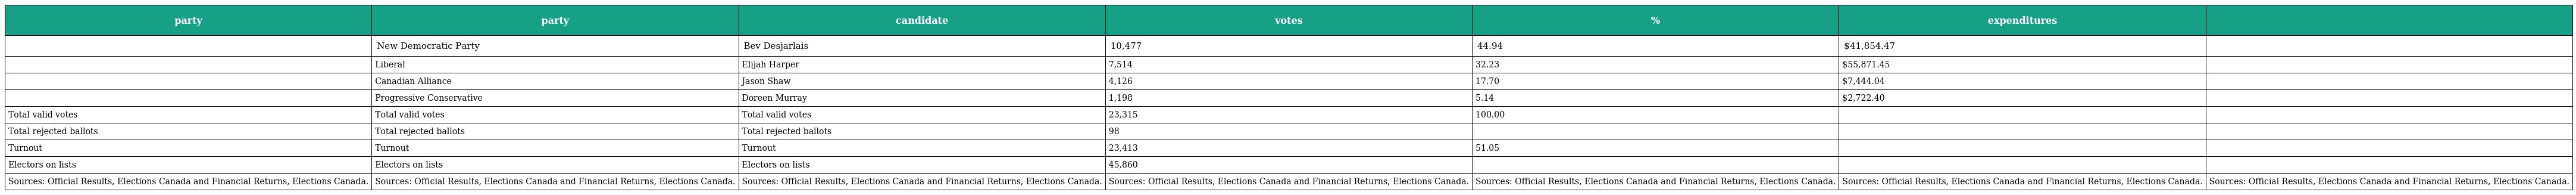
| party | party | candidate | votes | % | expenditures |  |
 | --- | --- | --- | --- | --- | --- | --- |
 |  | New Democratic Party | Bev Desjarlais | 10,477 | 44.94 | $41,854.47 |  |
 |  | Liberal | Elijah Harper | 7,514 | 32.23 | $55,871.45 |  |
 |  | Canadian Alliance | Jason Shaw | 4,126 | 17.70 | $7,444.04 |  |
 |  | Progressive Conservative | Doreen Murray | 1,198 | 5.14 | $2,722.40 |  |
 | Total valid votes | Total valid votes | Total valid votes | 23,315 | 100.00 |  |  |
 | Total rejected ballots | Total rejected ballots | Total rejected ballots | 98 |  |  |  |
 | Turnout | Turnout | Turnout | 23,413 | 51.05 |  |  |
 | Electors on lists | Electors on lists | Electors on lists | 45,860 |  |  |  |
 | Sources: Official Results, Elections Canada and Financial Returns, Elections Canada. | Sources: Official Results, Elections Canada and Financial Returns, Elections Canada. | Sources: Official Results, Elections Canada and Financial Returns, Elections Canada. | Sources: Official Results, Elections Canada and Financial Returns, Elections Canada. | Sources: Official Results, Elections Canada and Financial Returns, Elections Canada. | Sources: Official Results, Elections Canada and Financial Returns, Elections Canada. | Sources: Official Results, Elections Canada and Financial Returns, Elections Canada. |